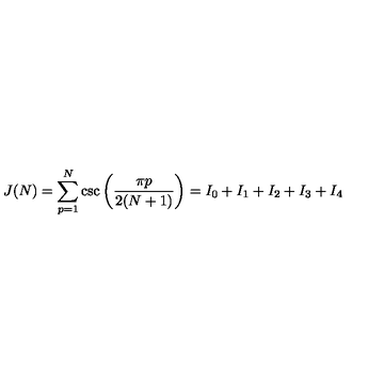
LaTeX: J ( N ) = \sum _ { p = 1 } ^ { N } \csc \left( { \frac { \pi p } { 2 ( N + 1 ) } } \right) = I _ { 0 } + I _ { 1 } + I _ { 2 } + I _ { 3 } + I _ { 4 }